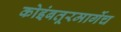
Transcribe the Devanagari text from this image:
कोइंबतूरमार्गेच